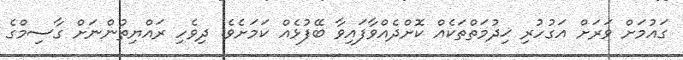
ގައުމަށް ވަރަށް އަގުހުރި ޚިދުމަތްތަކެއް ކޮށްދެއްވާފައިވާ ބޭފުޅެއް ކަމަށެވެ. ދިވެހި ރައްޔިތުންނަށް ގާސިމްގެ